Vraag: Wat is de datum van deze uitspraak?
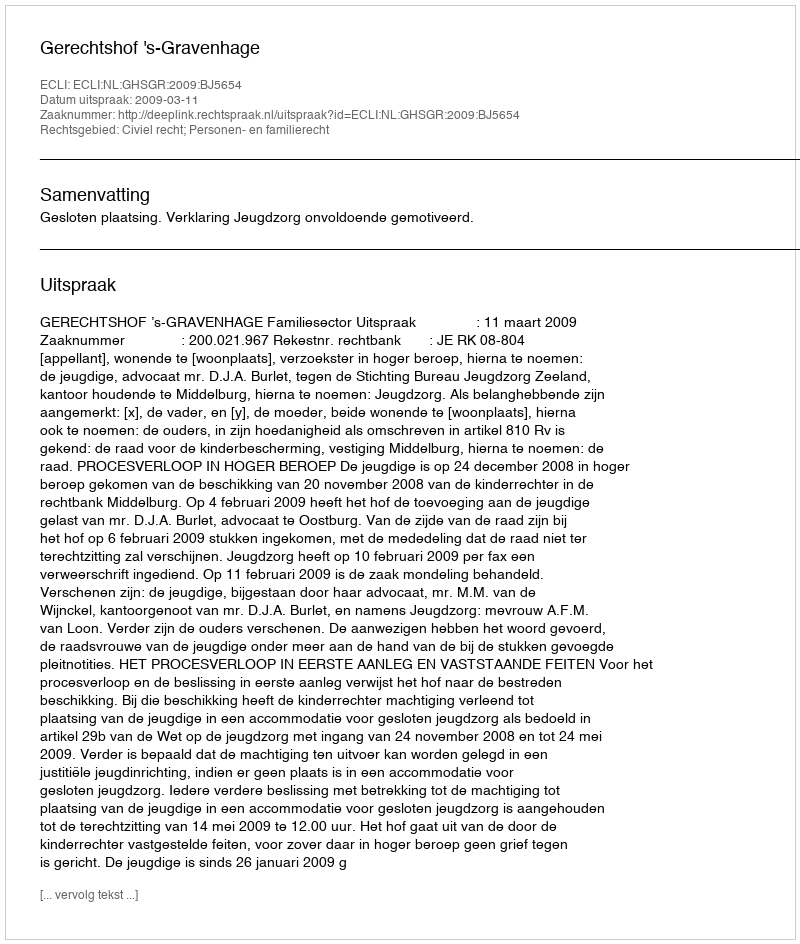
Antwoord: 2009-03-11